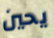
يحين